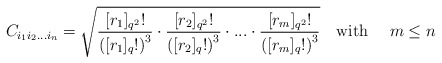
\begin{align*}C_{i_{1} i_{2} ... i_{n}} = \sqrt{\frac{[r_1]_{q^2}!}{\left([r_1]_{q}!\right)^3} \cdot \frac{[r_2]_{q^2}!}{\left([r_2]_{q}!\right)^3}\cdot ... \cdot\frac{[r_m]_{q^2}!}{\left([r_m]_{q}!\right)^3}}\mbox{\quad with \quad} m\le n\end{align*}